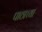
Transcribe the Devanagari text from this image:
पाठाच्या